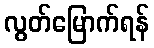
လွတ်မြောက်ရန်